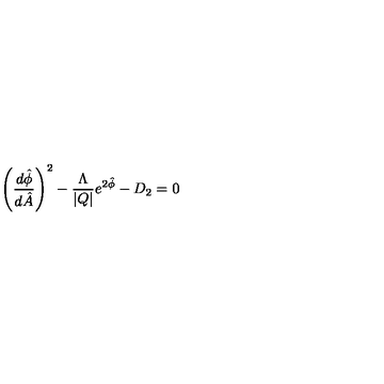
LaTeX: \left( \frac { d \hat { \phi } } { d \hat { A } } \right) ^ { 2 } - \frac { \Lambda } { | Q | } e ^ { 2 \hat { \phi } } - D _ { 2 } = 0